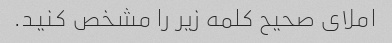
املای صحیح کلمه زیر را مشخص کنید.